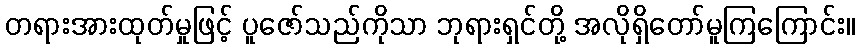
တရားအားထုတ်မှုဖြင့် ပူဇော်သည်ကိုသာ ဘုရားရှင်တို့ အလိုရှိတော်မူကြကြောင်း။